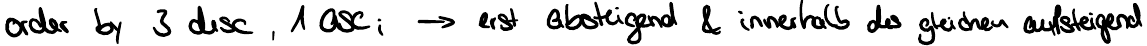
order by 3 desc , 1 asc, -> erst absteigend & innerhalb des gleichen aufsteigend